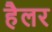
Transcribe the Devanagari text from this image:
हैलर